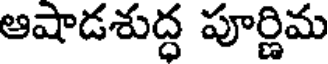
ఆషాడశుద్ధ పూర్ణిమ